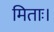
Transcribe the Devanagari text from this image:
मिताः।